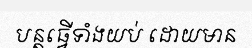
បន្តធ្វើទាំងយប់ ដោយមាន